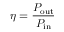
\eta = { \frac { P _ { \mathrm { o u t } } } { P _ { \mathrm { i n } } } }